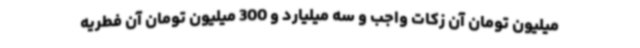
میلیون تومان آن زکات واجب و سه میلیارد و 300 میلیون تومان آن فطریه